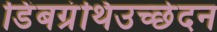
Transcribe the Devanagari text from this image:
डिंबग्रंथिउच्छेदन